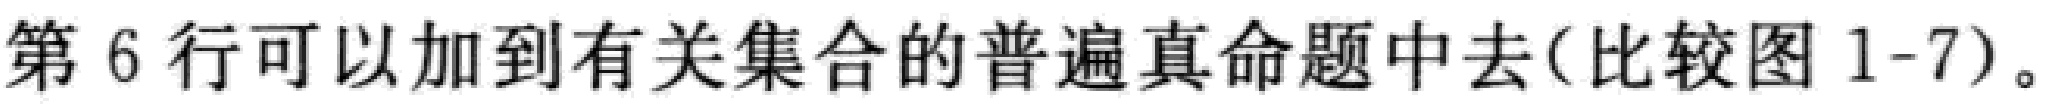
第 6 行可以加到有关集合的普遍真命题中去(比较图 1-7)。